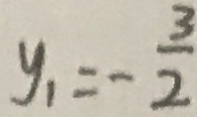
y _ { 1 } = - \frac { 3 } { 2 }